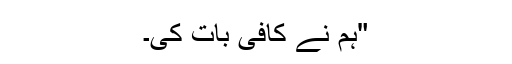
"ہم نے کافی بات کی۔